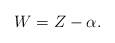
LaTeX: \begin{align*}W = Z-\alpha .\end{align*}